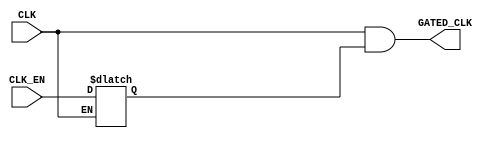
module CLK_GATE (
input      CLK,			/* Clock Signal */
input      CLK_EN,		/* Clock Enable */
output     GATED_CLK	/* Gated Clock signal */
);

/* Defining Internal Signals */
reg     Latch_Out ;

/* Latch Logic */
always @(CLK or CLK_EN)
 begin
  if(!CLK) 
   begin
    Latch_Out <= CLK_EN ;
   end
 end

/* AND Operation */
assign  GATED_CLK = CLK && Latch_Out ;

//The Following lines are for Synthesis 
/*
TLATNCAX4M  U0_TLATNCAX4M (

.E(CLK_EN),
.CK(CLK),
.ECK(GATED_CLK)
); 
*/

endmodule